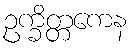
ဥက္ခိတ္တကေန